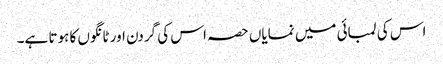
اس کی لمبائی میں نمایاں حصہ اس کی گردن اور ٹانگوں کا ہوتا ہے۔